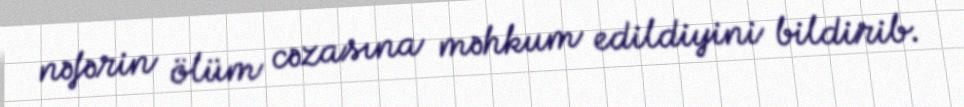
nəfərin ölüm cəzasına məhkum edildiyini bildirib.